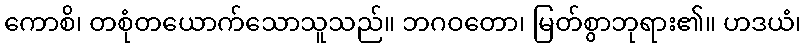
ကောစိ၊ တစုံတယောက်သောသူသည်။ ဘဂဝတော၊ မြတ်စွာဘုရား၏။ ဟဒယံ၊